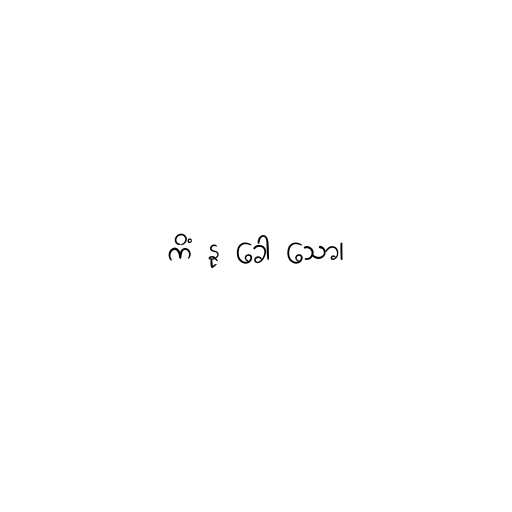
ကိံ နု ခေါ သော၊